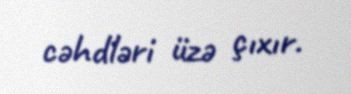
cəhdləri üzə çıxır.